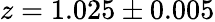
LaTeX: z=1.025\pm 0.005